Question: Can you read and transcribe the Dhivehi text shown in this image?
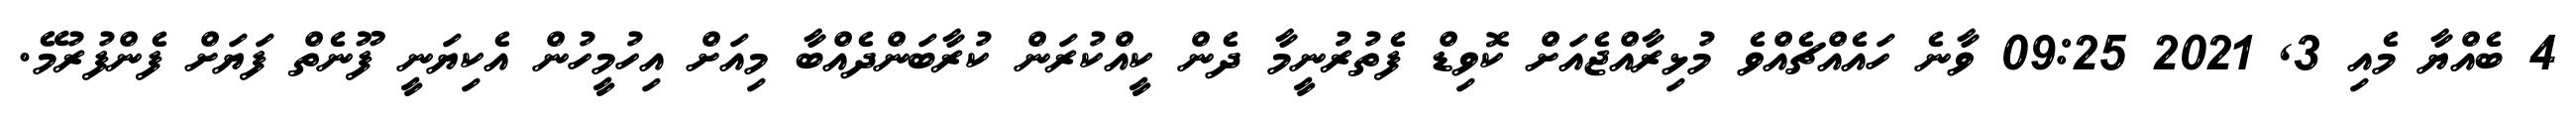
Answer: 4 ބެއްޔާ މެއި 3, 2021 09:25 ވާނެ ހައެއްޗެއްވެ މުޅިރާއްޖެއަށް ކޮވިޑް ފެތުރުނީމާ ދެން ކީއްކުރަން ކުރާބަންދެއްބާ މިއަށް އިހުމީހުން އެކިޔަނީ ފޫނެތް ފަޔަށް ފެންފުރުމޭ.